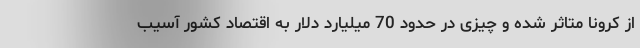
از کرونا متاثر شده و چیزی در حدود 70 میلیارد دلار به اقتصاد کشور آسیب